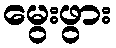
မွေးဖွား